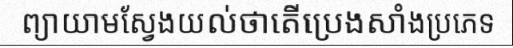
ព្យាយាមស្វែងយល់ថាតើប្រេងសាំងប្រភេទ